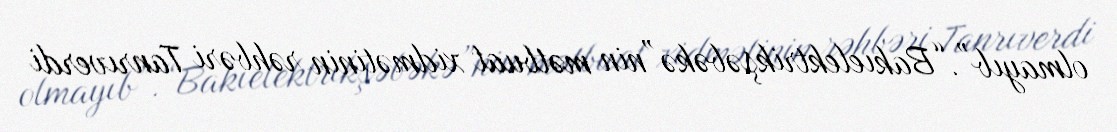
olmayıb”.“Bakıelektrikşəbəkə”nin mətbuat xidmətinin rəhbəri Tanrıverdi